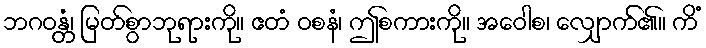
ဘဂဝန္တံ၊ မြတ်စွာဘုရားကို။ ဧတံ ဝစနံ၊ ဤစကားကို။ အဝေါစ၊ လျှောက်၏။ ကိံ